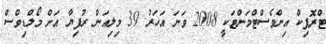
ޓްރޮޕިކް އިންވެސްޓްމަންޓަކީ 2008 ވަނަ އަހަރު 39 މިލިއަން ރުފިޔާ އަށް މޯލްޑިވްސް